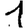
Digit: 1